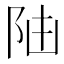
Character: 𨸸